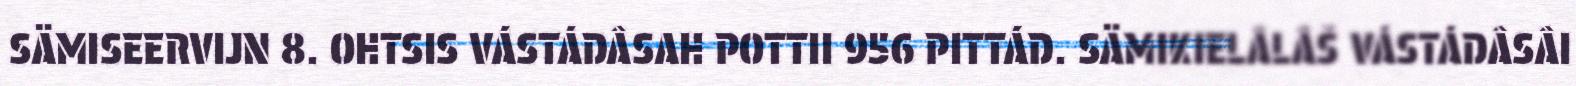
SÄMISEERVIJN 8. OHTSIS VÁSTÁDÂSAH POTTII 956 PITTÁD. SÄMIKIELÂLÂŠ VÁSTÁDÂSÂI